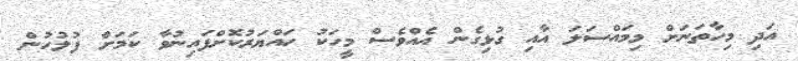
އަދި މިހާތަނަށް މިމައްސަލަ އާއި ގުޅިގެން އެއްވެސް މީހަކު ހައްޔަރުކޮށްފައިނުވާ ކަމަށް ފުލުހުން